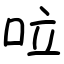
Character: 㕸